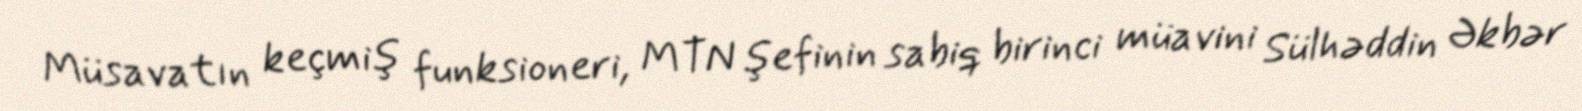
Müsavatın keçmiş funksioneri, MTN şefinin sabiq birinci müavini Sülhəddin Əkbər